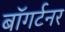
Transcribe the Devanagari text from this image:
बॉगर्टनर